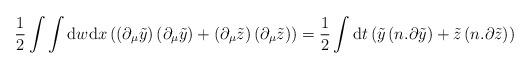
LaTeX: \begin{align*}\frac{1}{2}\int\int\mathrm{d}w\mathrm{d}x\left(\left(\partial_\mu\tilde{y}\right)\left(\partial_\mu\tilde{y}\right)+\left(\partial_\mu\tilde{z}\right)\left(\partial_\mu\tilde{z}\right)\right)=\frac{1}{2}\int\mathrm{d}t\left(\tilde{y}\left(n.\partial\tilde{y}\right)+\tilde{z}\left(n.\partial\tilde{z}\right)\right)\end{align*}